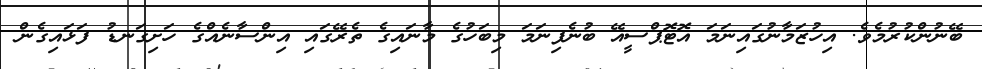
ބޭނުންކުރުމެވެ. އިހުޒަމާނުގައިނަމަ އޮޓޮޕްސީއޭ ބުނެފިނަމަ މިބަހުގެ މާނައިގެ ތެރޭގައި އިންސާނެއްގެ ހަށިގަނޑު ފަޅައިގެން